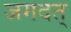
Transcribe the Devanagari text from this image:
जगदत्